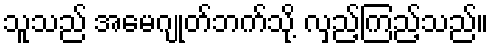
သူသည် အမေဂျုတ်ဘက်သို့ လှည့်ကြည့်သည်။